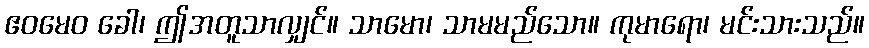
ဧဝမေဝ ခေါ၊ ဤအတူသာလျှင်။ သာမော၊ သာမမည်သော။ ကုမာရော၊ မင်းသားသည်။